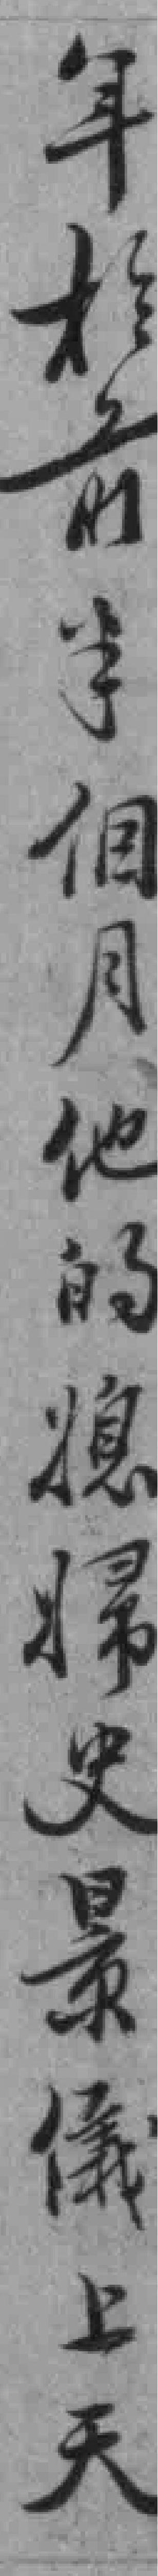
年於前半個月他的媳婦史景儀上天